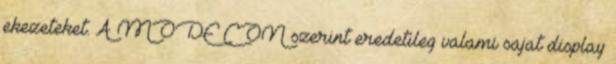
ekezeteket. A MODE CON szerint eredetileg valami sajat display